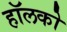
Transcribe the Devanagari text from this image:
हॉलको